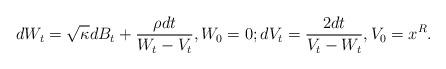
LaTeX: \begin{align*}\begin{gathered}dW_{t}=\sqrt{\kappa}dB_{t}+\frac{\rho dt}{W_{t}-V_{t}}, W_0=0;dV_{t}=\frac{2dt}{V_{t}-W_{t}}, V_{0}=x^{R}.\\\end{gathered}\end{align*}